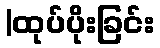
|ထုပ်ပိုးခြင်း